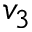
v _ { 3 }